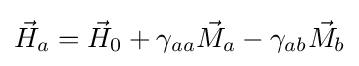
{\vec {H}}_{a}={\vec {H}}_{0}+\gamma _{aa}{\vec {M}}_{a}-\gamma _{ab}{\vec {M}}_{b}